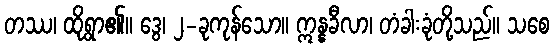
တဿ၊ ထိုရွာ၏။ ဒွေ၊ ၂-ခုကုန်သော။ ဣန္နခီလာ၊ တံခါးခုံတို့သည်။ သစေ